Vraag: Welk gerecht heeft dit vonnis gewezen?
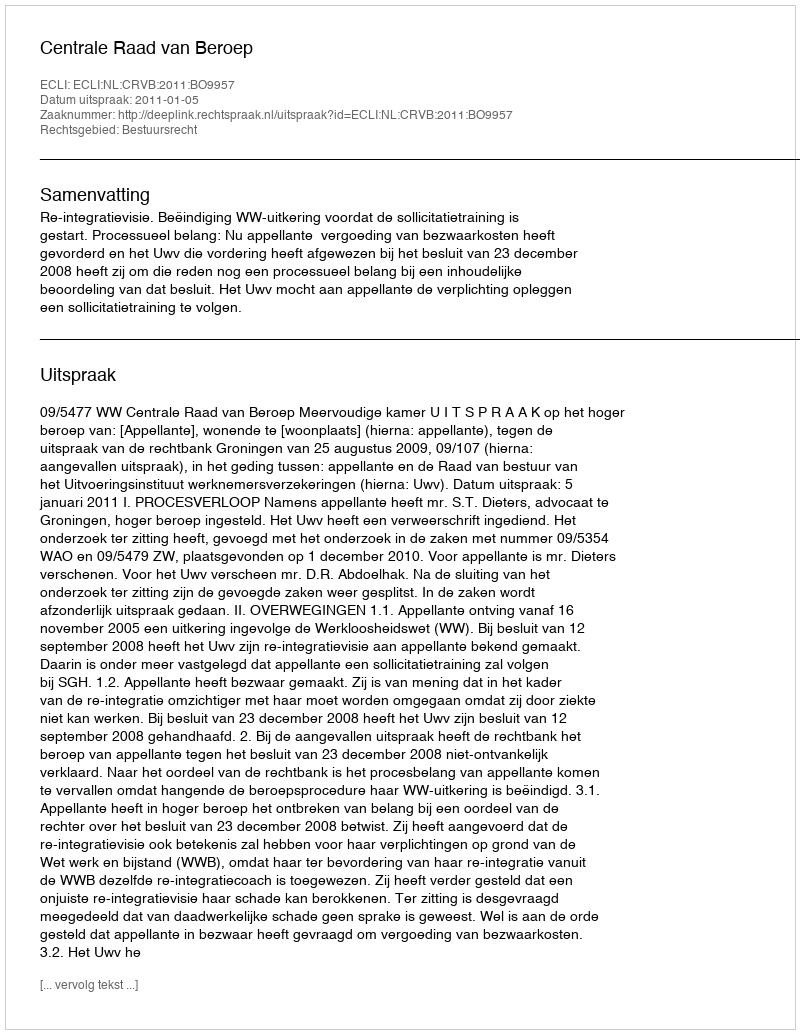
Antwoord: Centrale Raad van Beroep